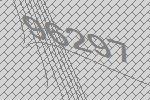
96297